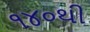
૧૪૦થી